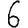
Digit: 6